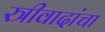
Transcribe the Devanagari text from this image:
स्त्रीवादांचा